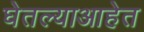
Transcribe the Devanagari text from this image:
घेतल्याआहेत